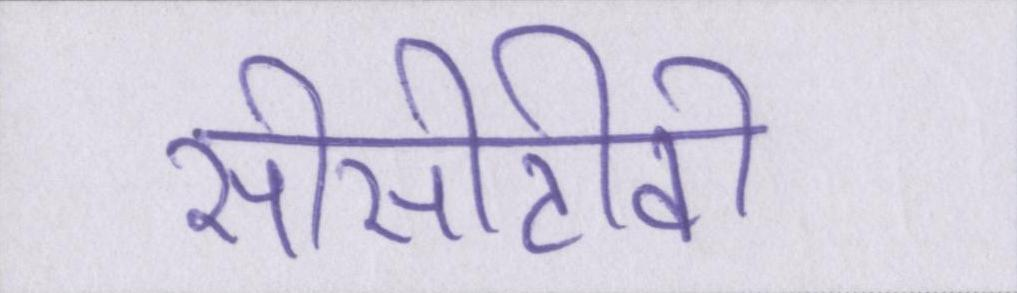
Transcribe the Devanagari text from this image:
सीसीटीवी